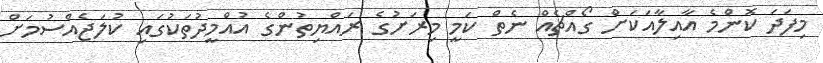
މިފަދަ ކޮންމެ އާއިލާއަކަށް ގޯއްޗެއް ނެތް ކަމީ މިރަށުގެ ރައްޔިތުންގެ އުއްމީދުތަކުގައި ކުލަޖެއްސުމަށް